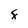
Character: 8